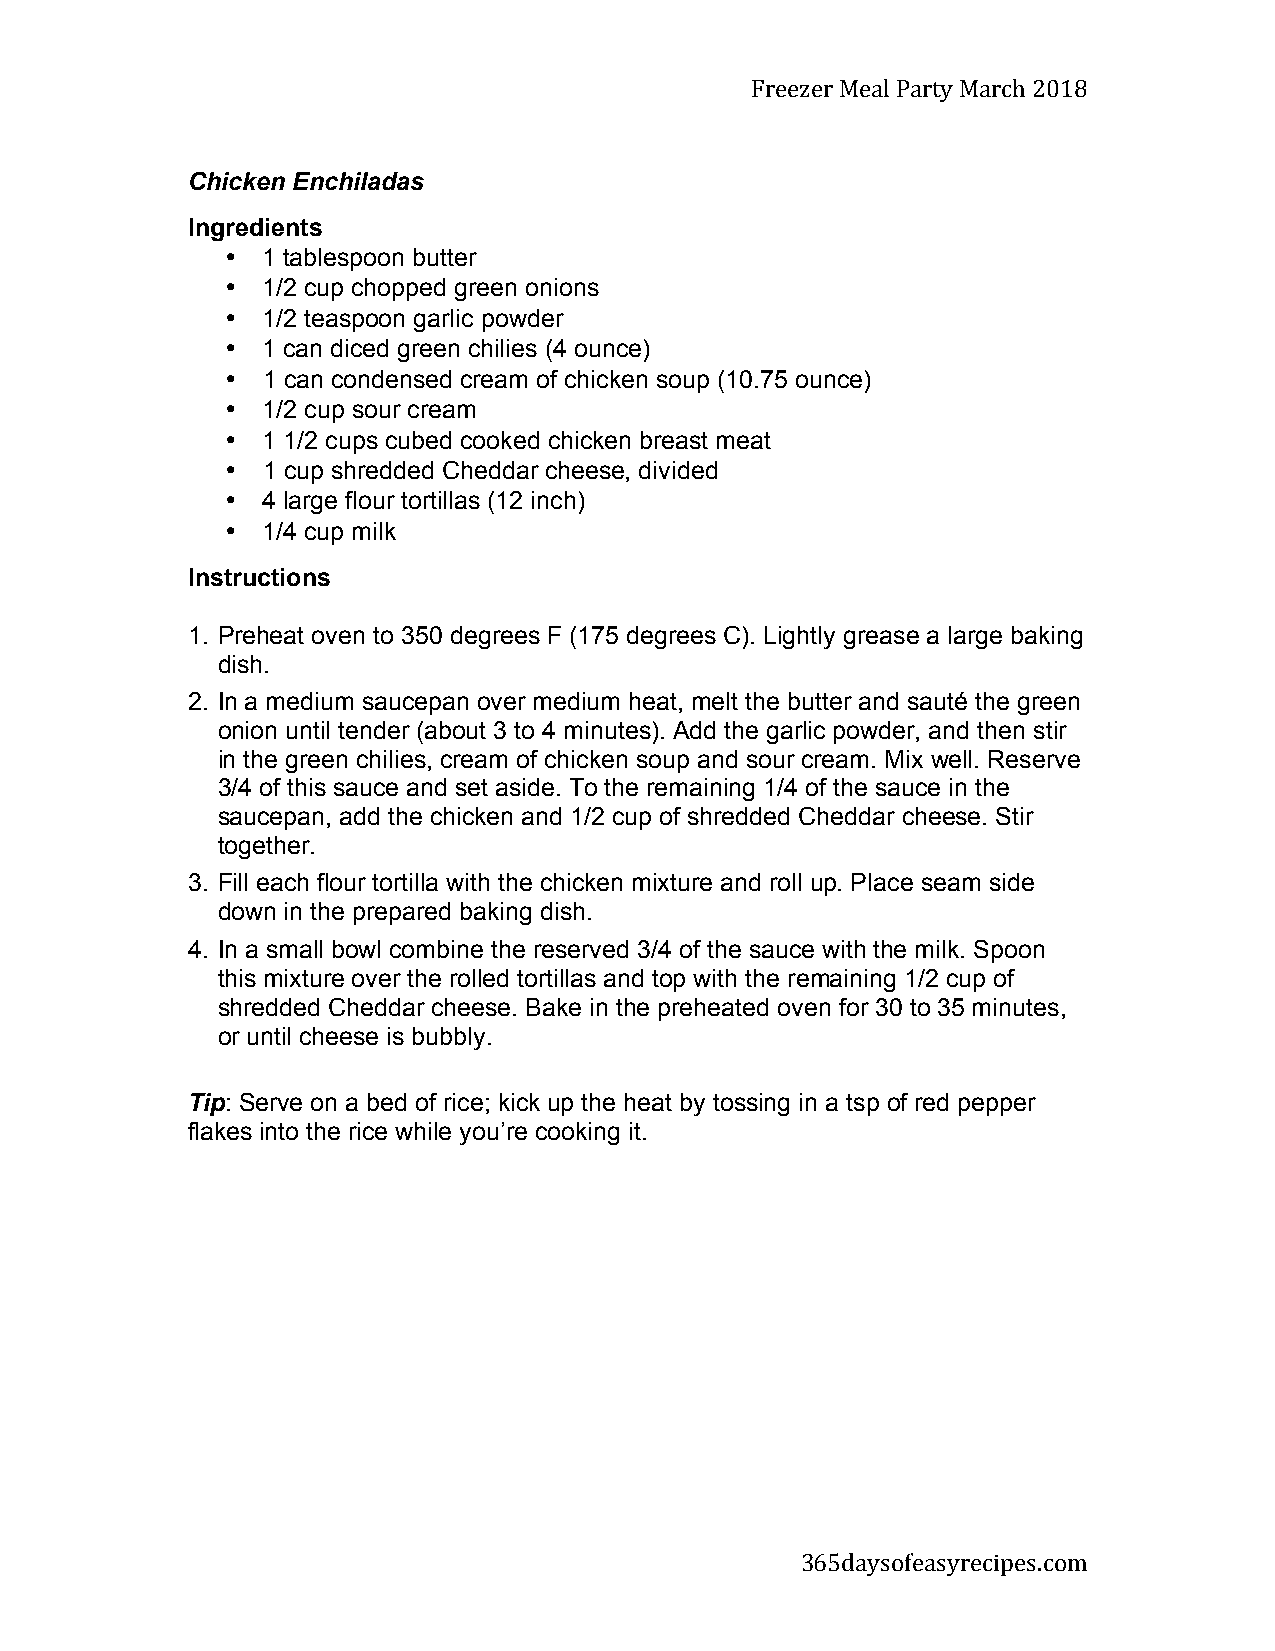
Freezer Meal Party March 2018
 Chicken Enchiladas
 Ingredients
 • 1 tablespoon butter
 • 1/2 cup chopped green onions
 • 1/2 teaspoon garlic powder
 • 1 can diced green chilies (4 ounce)
 • 1 can condensed cream of chicken soup (10.75 ounce)
 • 1/2 cup sour cream
 • 1 1/2 cups cubed cooked chicken breast meat
 • 1 cup shredded Cheddar cheese, divided
 • 4 large flour tortillas (12 inch)
 • 1/4 cup milk
 Instructions
 1. Preheat oven to 350 degrees F (175 degrees C). Lightly grease a large baking
 dish.
 2. In a medium saucepan over medium heat, melt the butter and sauté the green
 onion until tender (about 3 to 4 minutes). Add the garlic powder, and then stir
 in the green chilies, cream of chicken soup and sour cream. Mix well. Reserve
 3/4 of this sauce and set aside. To the remaining 1/4 of the sauce in the
 saucepan, add the chicken and 1/2 cup of shredded Cheddar cheese. Stir
 together.
 3. Fill each flour tortilla with the chicken mixture and roll up. Place seam side
 down in the prepared baking dish.
 4. In a small bowl combine the reserved 3/4 of the sauce with the milk. Spoon
 this mixture over the rolled tortillas and top with the remaining 1/2 cup of
 shredded Cheddar cheese. Bake in the preheated oven for 30 to 35 minutes,
 or until cheese is bubbly.
 Tip: Serve on a bed of rice; kick up the heat by tossing in a tsp of red pepper
 flakes into the rice while you’re cooking it.
 365daysofeasyrecipes.com